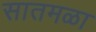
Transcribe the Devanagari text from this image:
सातमळा